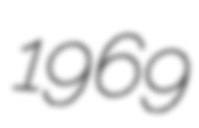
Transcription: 1969